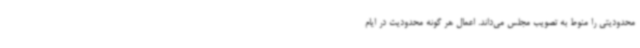
محدودیتی را منوط به تصویب مجلس می‌داند. اعمال هر گونه محدودیت در ایام